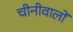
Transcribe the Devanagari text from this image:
चीनीवालों